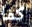
كما